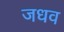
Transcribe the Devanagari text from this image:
जधव